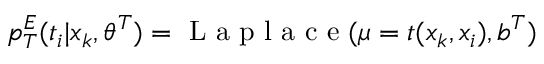
p _ { T } ^ { E } ( t _ { i } | x _ { k } , \theta ^ { T } ) = \mathrm { ~ L ~ a ~ p ~ l ~ a ~ c ~ e ~ } ( \mu = t ( x _ { k } , x _ { i } ) , b ^ { T } )